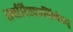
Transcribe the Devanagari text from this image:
सर्वारिष्टशान्तिर्भवतु